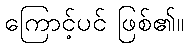
ကြောင့်ပင် ဖြစ်၏။